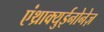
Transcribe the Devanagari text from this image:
एंथ्राक्युईनोनेज़